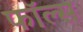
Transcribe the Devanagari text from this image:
फाॅल्स